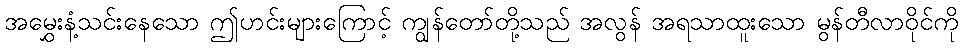
အမွှေးနံ့သင်းနေသော ဤဟင်းများကြောင့် ကျွန်တော်တို့သည် အလွန် အရသာထူးသော မွန်တီလာဝိုင်ကို